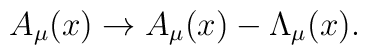
A_\mu (x)\rightarrow A_\mu (x) - \Lambda_\mu (x).